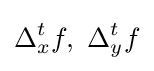
\Delta _{x}^{t}f,\,\,\Delta _{y}^{t}f